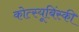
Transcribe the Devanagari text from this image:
कोत्स्यूबिंस्की